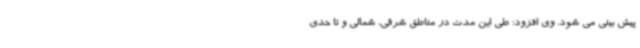
پیش بینی می شود. وی افزود: طی این مدت در مناطق شرقی، شمالی و تا حدی